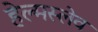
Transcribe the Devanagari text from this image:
हेल्मस्लेव